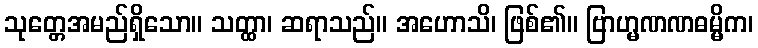
သုတ္တေအမည်ရှိသော။ သတ္ထာ၊ ဆရာသည်။ အဟောသိ၊ ဖြစ်၏။ ဗြာဟ္မဏဏဓမ္မိက၊